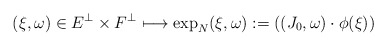
\begin{align*}(\xi,\omega)\in E^\perp\times F^\perp\longmapsto \exp_N(\xi,\omega):=((J_0,\omega)\cdot \phi(\xi))\end{align*}